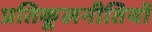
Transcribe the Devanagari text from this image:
प्रतिकूलनीतियों